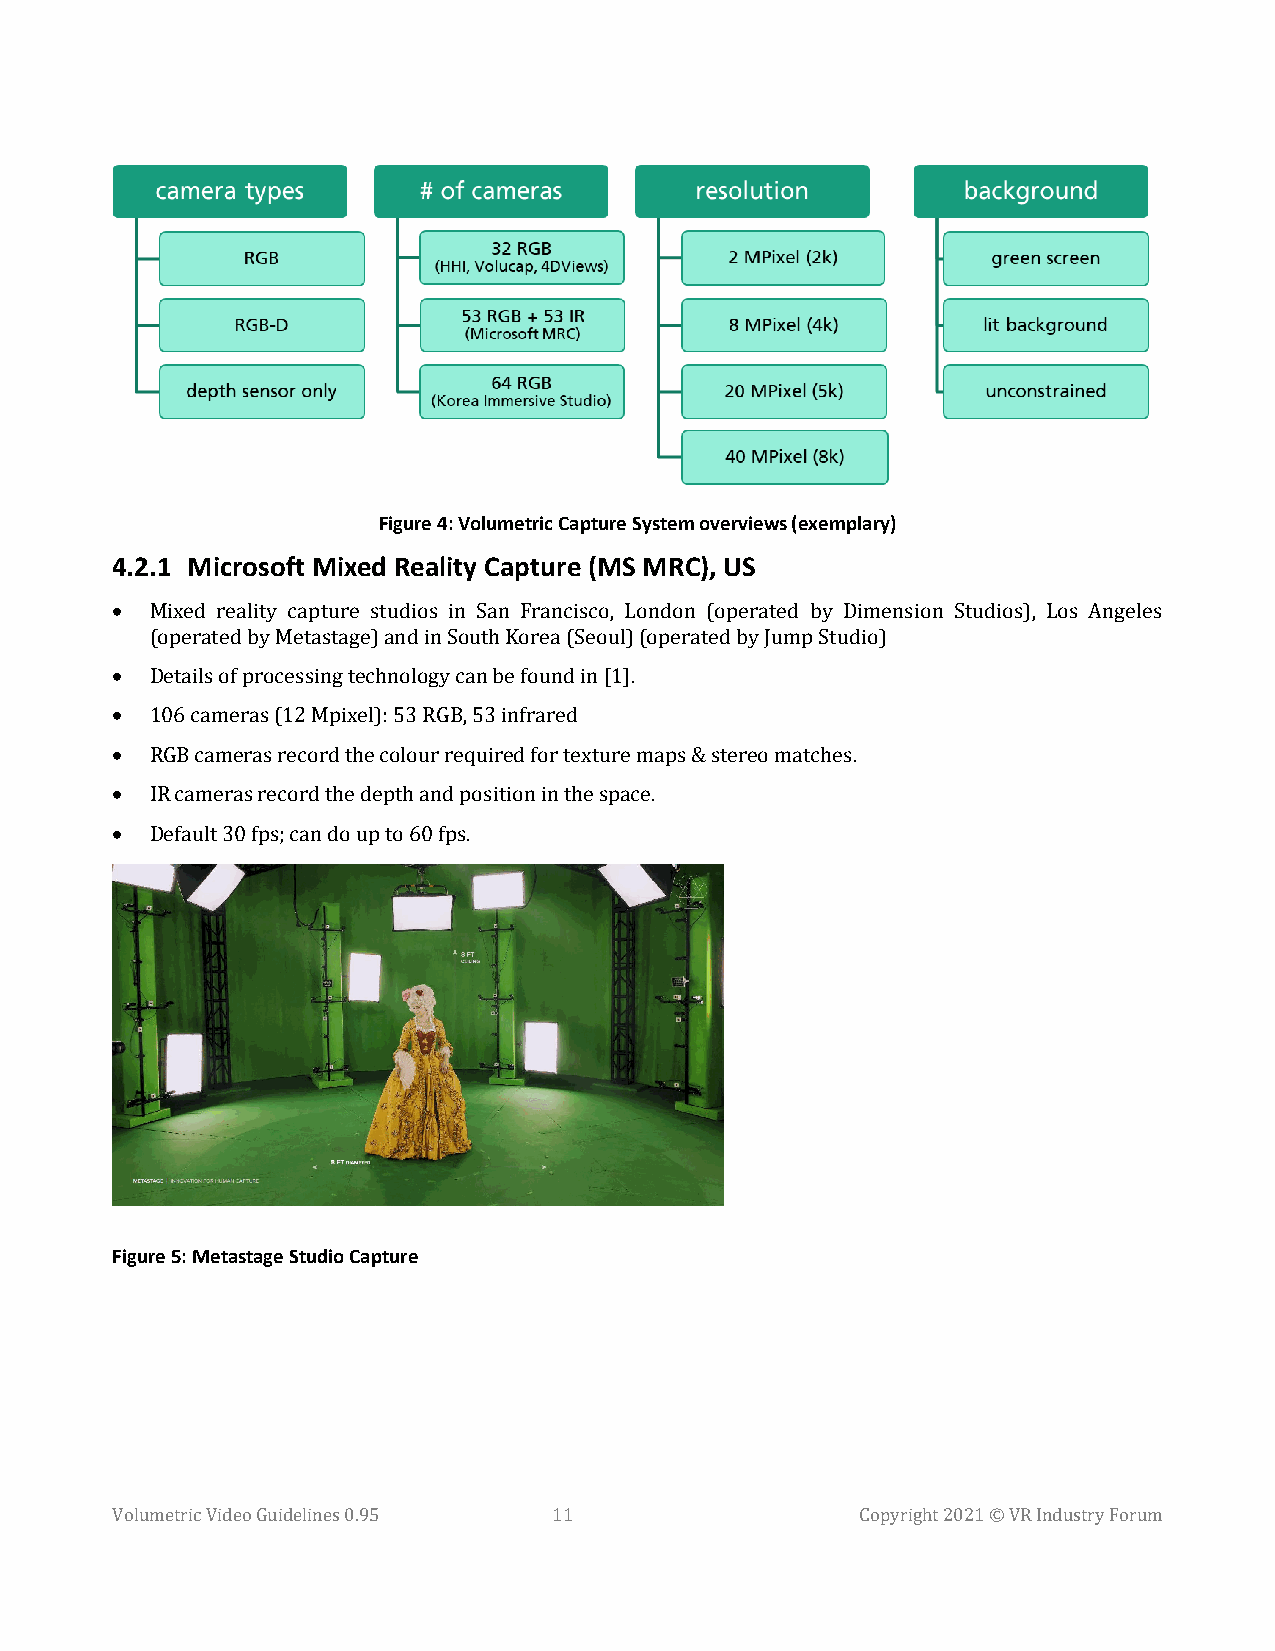
Figure 4: Volumetric Capture System overviews (exemplary)
 4.2.1 Microsoft Mixed Reality Capture (MS MRC), US
 •
 Mixed reality capture studios in San Francisco, London (operated by Dimension Studios), Los Angeles
 •
 (operated by Metastage) and in South Korea (Seoul) (operated by Jump Studio)
 •
 Details of processing technology can be found in [1].
 •
 106 cameras (12 Mpixel): 53 RGB, 53 infrared
 •
 RGB cameras record the colour required for texture maps & stereo matches.
 •
 IR cameras record the depth and position in the space.
 Default 30 fps; can do up to 60 fps.
 Figure 5: Metastage Studio Capture
 Volumetric Video Guidelines 0.95 11               Copyright 2021 © VR Industry Forum